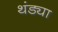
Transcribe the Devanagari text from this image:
थंड्या